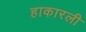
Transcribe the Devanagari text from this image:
हाकारली